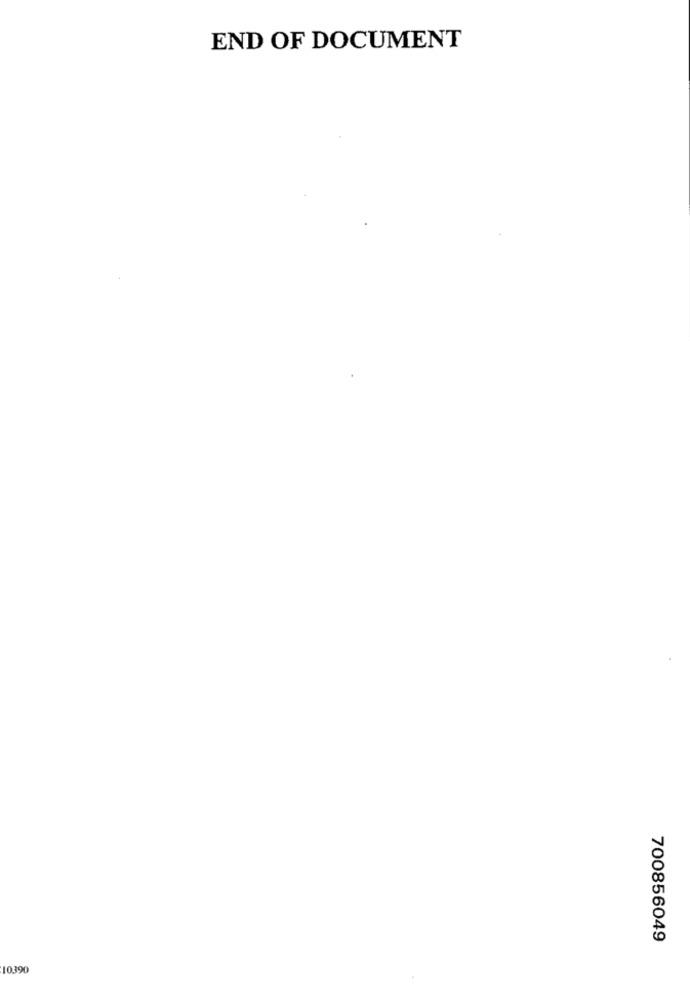
END OF DOCUMENT
700856049
10390